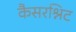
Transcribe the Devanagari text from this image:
कैसरश्निट